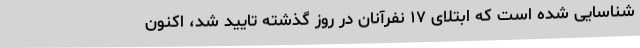
شناسایی شده است که ابتلای ۱۷ نفرآنان در روز گذشته تایید شد، اکنون